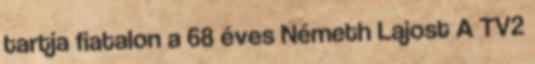
tartja fiatalon a 68 éves Németh Lajost A TV2